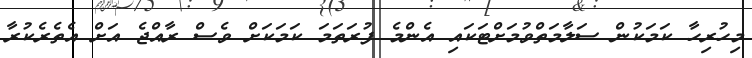
މިހުރިހާ ކަމަކުން ސަލާމަތްވުމަށްޓަކައި އެންމެ ފުރަތަމަ ކަމަކަށް ވެސް ރާއްޖެ އަށް އެތެރެކުރާ